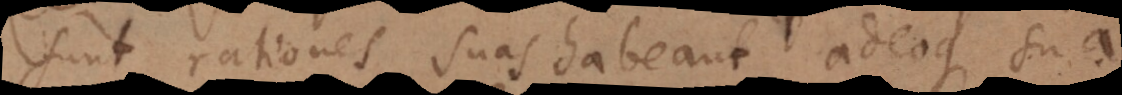
sunt rationes suas habeant, adeoque sua